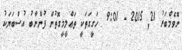
ނޮވެމްބަރު 21